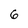
Character: 6